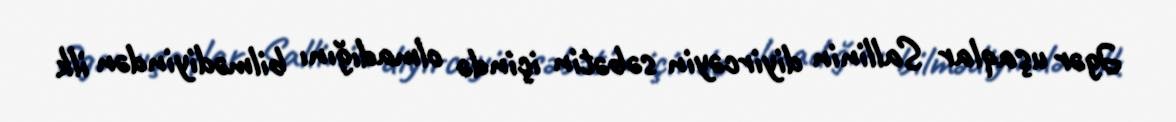
Əgər uşaqlar Sallinin diyircəyin səbətin içində olmadığını bilmədiyindən ilk